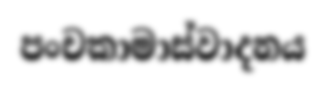
පංචකාමාස්වාදනය